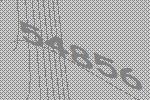
54856